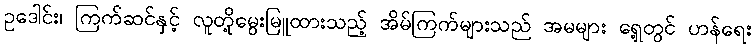
ဥဒေါင်း၊ ကြက်ဆင်နှင့် လူတို့မွေးမြူထားသည့် အိမ်ကြက်များသည် အမများ ရှေ့တွင် ဟန်ရေး